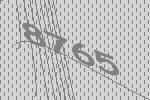
8765